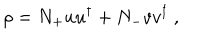
\rho = N _ { + } u u ^ { \dagger } + N _ { - } v v ^ { \dagger } \ ,